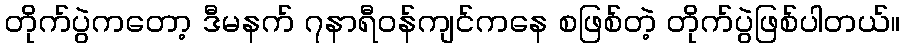
တိုက်ပွဲကတော့ ဒီမနက် ၇နာရီဝန်ကျင်ကနေ စဖြစ်တဲ့ တိုက်ပွဲဖြစ်ပါတယ်။